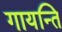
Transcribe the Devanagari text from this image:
गायन्ति